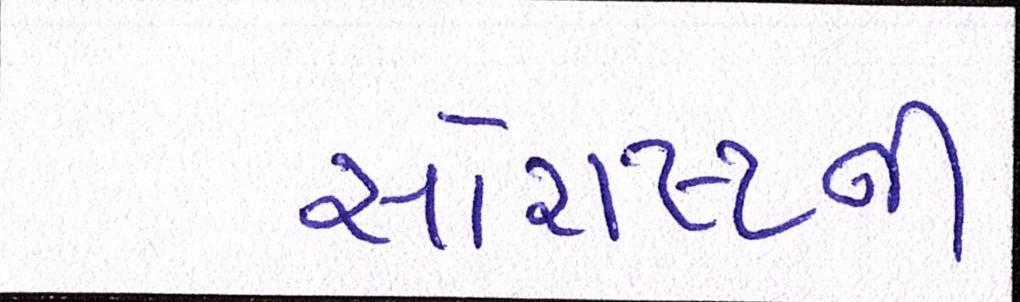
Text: સૌરાષ્ટ્ર્રની